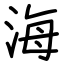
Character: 海